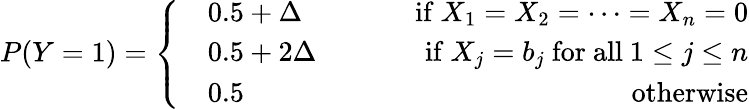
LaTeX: \begin{array}{r}{P(Y=1)=\left\{ \begin{array}{rlr}&{0.5+\Delta\ \ \ \ \ \ \ \ \ \ \ \ }&{\mathrm{if}\ X_{1}=X_{2}=\cdots=X_{n}=0}\\ &{0.5+2\Delta\ \ \ }&{\mathrm{if}\ X_{j}=b_{j}\ \mathrm{for~all}\ 1\le j\le n}\\ &{0.5}&{\mathrm{otherwise}}\end{array}\right.}\end{array}